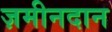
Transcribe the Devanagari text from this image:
ज़मीनदान